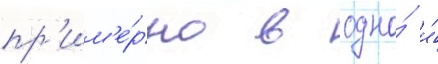
пр'им'е́рно в одно́ и́